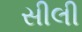
સીલી